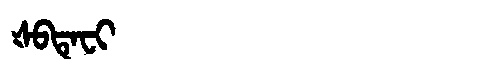
Manchu: ᡧᠪᡨᡝᠸᡳ
Romanization: ŠBTEFI